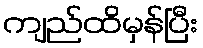
ကျည်ထိမှန်ပြီး